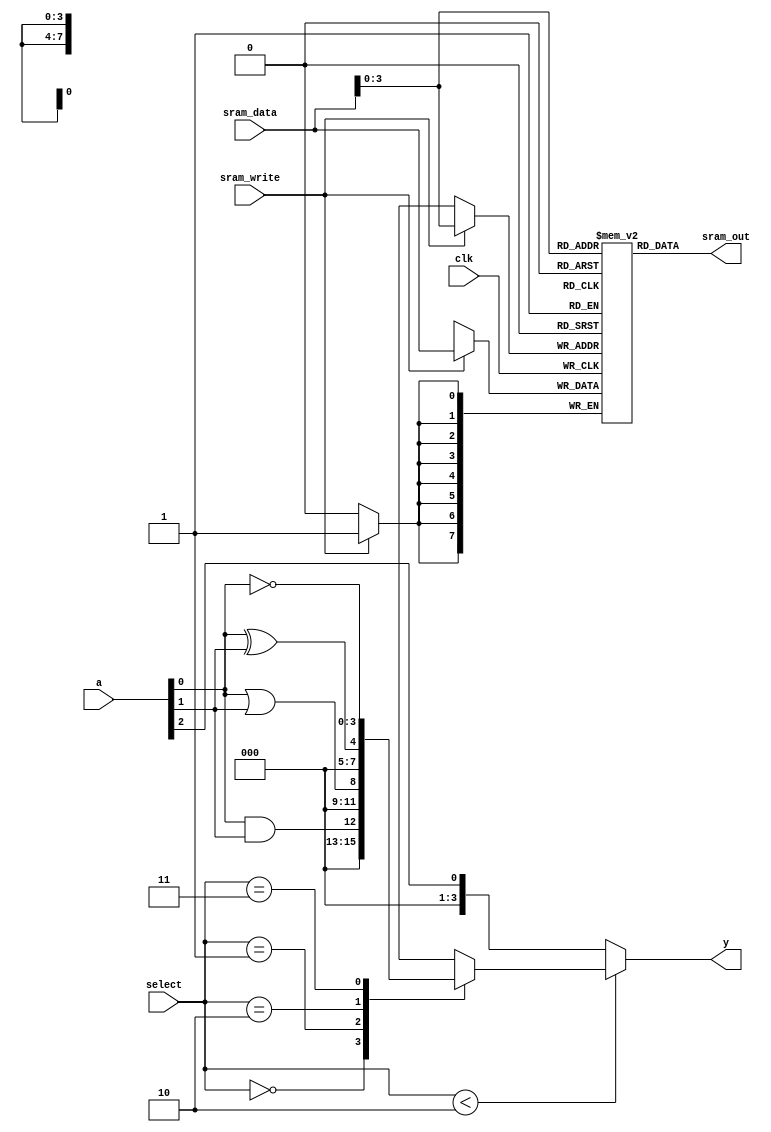
module combinational_logic_block (
    input  wire [3:0]     a,      // 4 input signals
    input  wire [1:0]     select, // Selection signal for logical operations
    output wire [3:0]     y,      // Output signals
    input  wire           clk,     // Clock signal for state synchronization
    input  wire           sram_write, // SRAM write enable signal
    input  wire [7:0]     sram_data, // Data to write into SRAM
    output wire [7:0]     sram_out // Output from SRAM
);

// Internal signals
reg [7:0] sram[0:15]; // Define SRAM with 16 entries of 8 bits each
reg [3:0] temp_output;
integer i;

// Initialize SRAM on startup (for simulation purposes; implement as needed in hardware)
initial begin
    for (i = 0; i < 16; i = i + 1) begin
        sram[i] = 8'b0;
    end
end

// SRAM Write operation
always @(posedge clk) begin
    if (sram_write) begin
        sram[sram_data[3:0]] <= sram_data; // Write data to SRAM at provided address
    end
end

// SRAM Read operation
assign sram_out = sram[sram_data[3:0]]; // Output the SRAM content to the output

// Logic Operation based on select signals
always @(*) begin
    case (select)
        2'b00: temp_output = a[0] & a[1]; // AND operation
        2'b01: temp_output = a[0] | a[1]; // OR operation
        2'b10: temp_output = a[0] ^ a[1]; // XOR operation
        2'b11: temp_output = ~a[0];       // NOT operation
        default: temp_output = 4'b0000;    // Default case
    endcase
end

// Multiplexer to select output based on configuration
assign y = (select < 2'b10) ? temp_output : {3'b000, a[2]}; // Example logic operation

endmodule